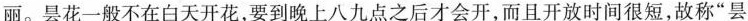
丽。昙花一般不在白天开花，要到晚上八九点之后才会开，而且开放时间很短，故称“昙